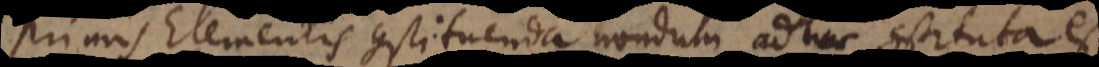
primis Elementis constituenda nondum adhuc constituta est.